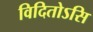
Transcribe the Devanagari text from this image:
विदितोऽसि